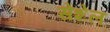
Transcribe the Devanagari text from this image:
सेशेल